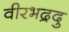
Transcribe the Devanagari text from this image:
वीरभद्रदु